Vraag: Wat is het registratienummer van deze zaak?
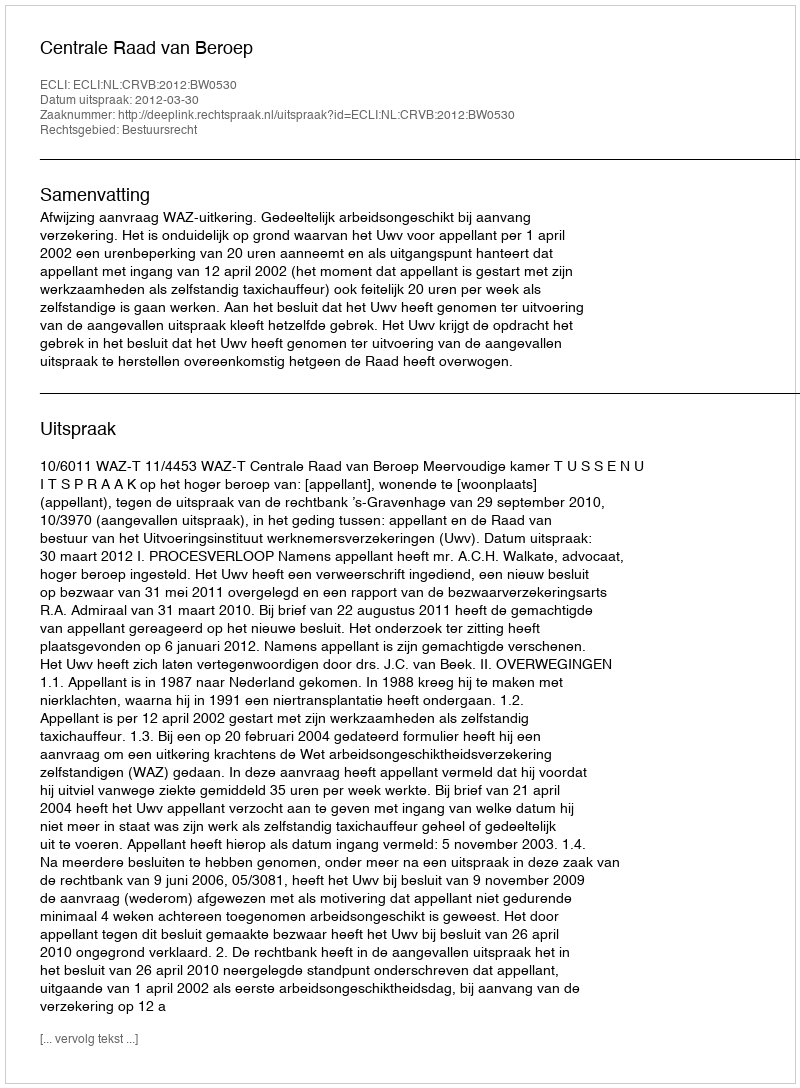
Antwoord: http://deeplink.rechtspraak.nl/uitspraak?id=ECLI:NL:CRVB:2012:BW0530